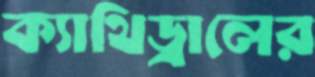
ক্যাথিড্রালের